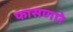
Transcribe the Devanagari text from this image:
फासणारे